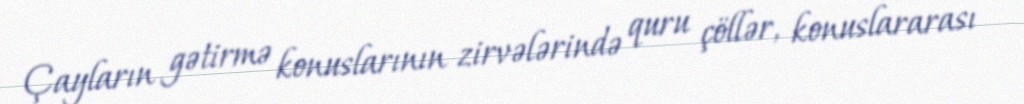
Çayların gətirmə konuslarının zirvələrində quru çöllər, konuslararası